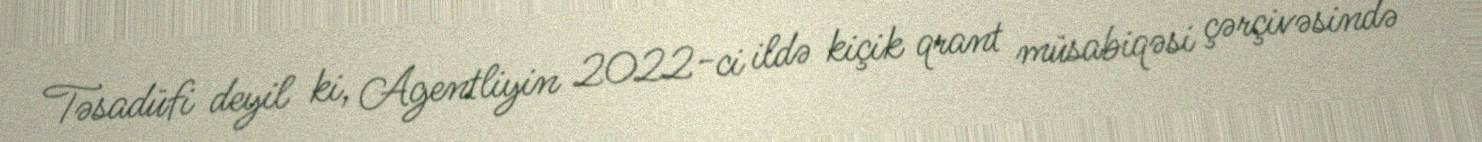
Təsadüfi deyil ki, Agentliyin 2022-ci ildə kiçik qrant müsabiqəsi çərçivəsində